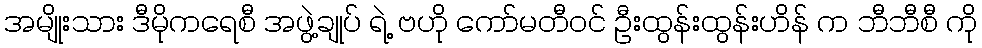
အမျိုးသား ဒီမိုကရေစီ အဖွဲ့ချုပ် ရဲ့ ဗဟို ကော်မတီဝင် ဦးထွန်းထွန်းဟိန် က ဘီဘီစီ ကို